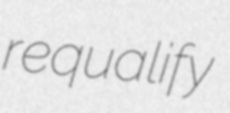
requalify